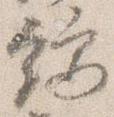
端